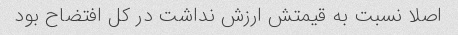
اصلا نسبت به قیمتش ارزش نداشت در کل افتضاح بود